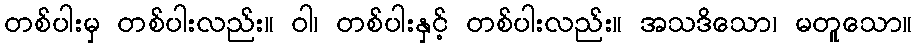
တစ်ပါးမှ တစ်ပါးလည်း။ ဝါ၊ တစ်ပါးနှင့် တစ်ပါးလည်း။ အသဒိသော၊ မတူသော။